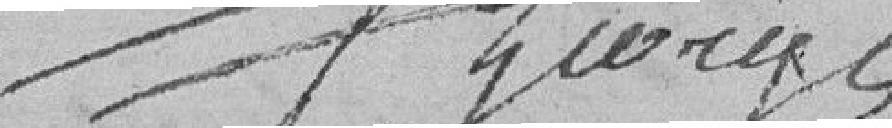
Georges